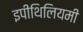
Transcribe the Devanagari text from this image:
इपीथिलियमी